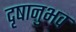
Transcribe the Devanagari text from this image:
दृषानुभव